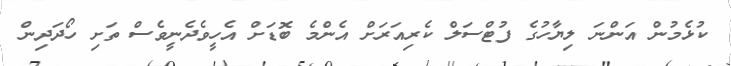
ކުޅެމުން އަންނަ ލިޔާހުގެ ފުޓްސަލް ކެރިއަރަށް އެންމެ ބޮޑަށް އެހީވެދެނީވެސް ތަށި ހޯދަދިން